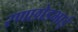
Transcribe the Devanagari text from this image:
रणछोडभाई